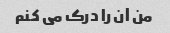
من آن را درک می کنم